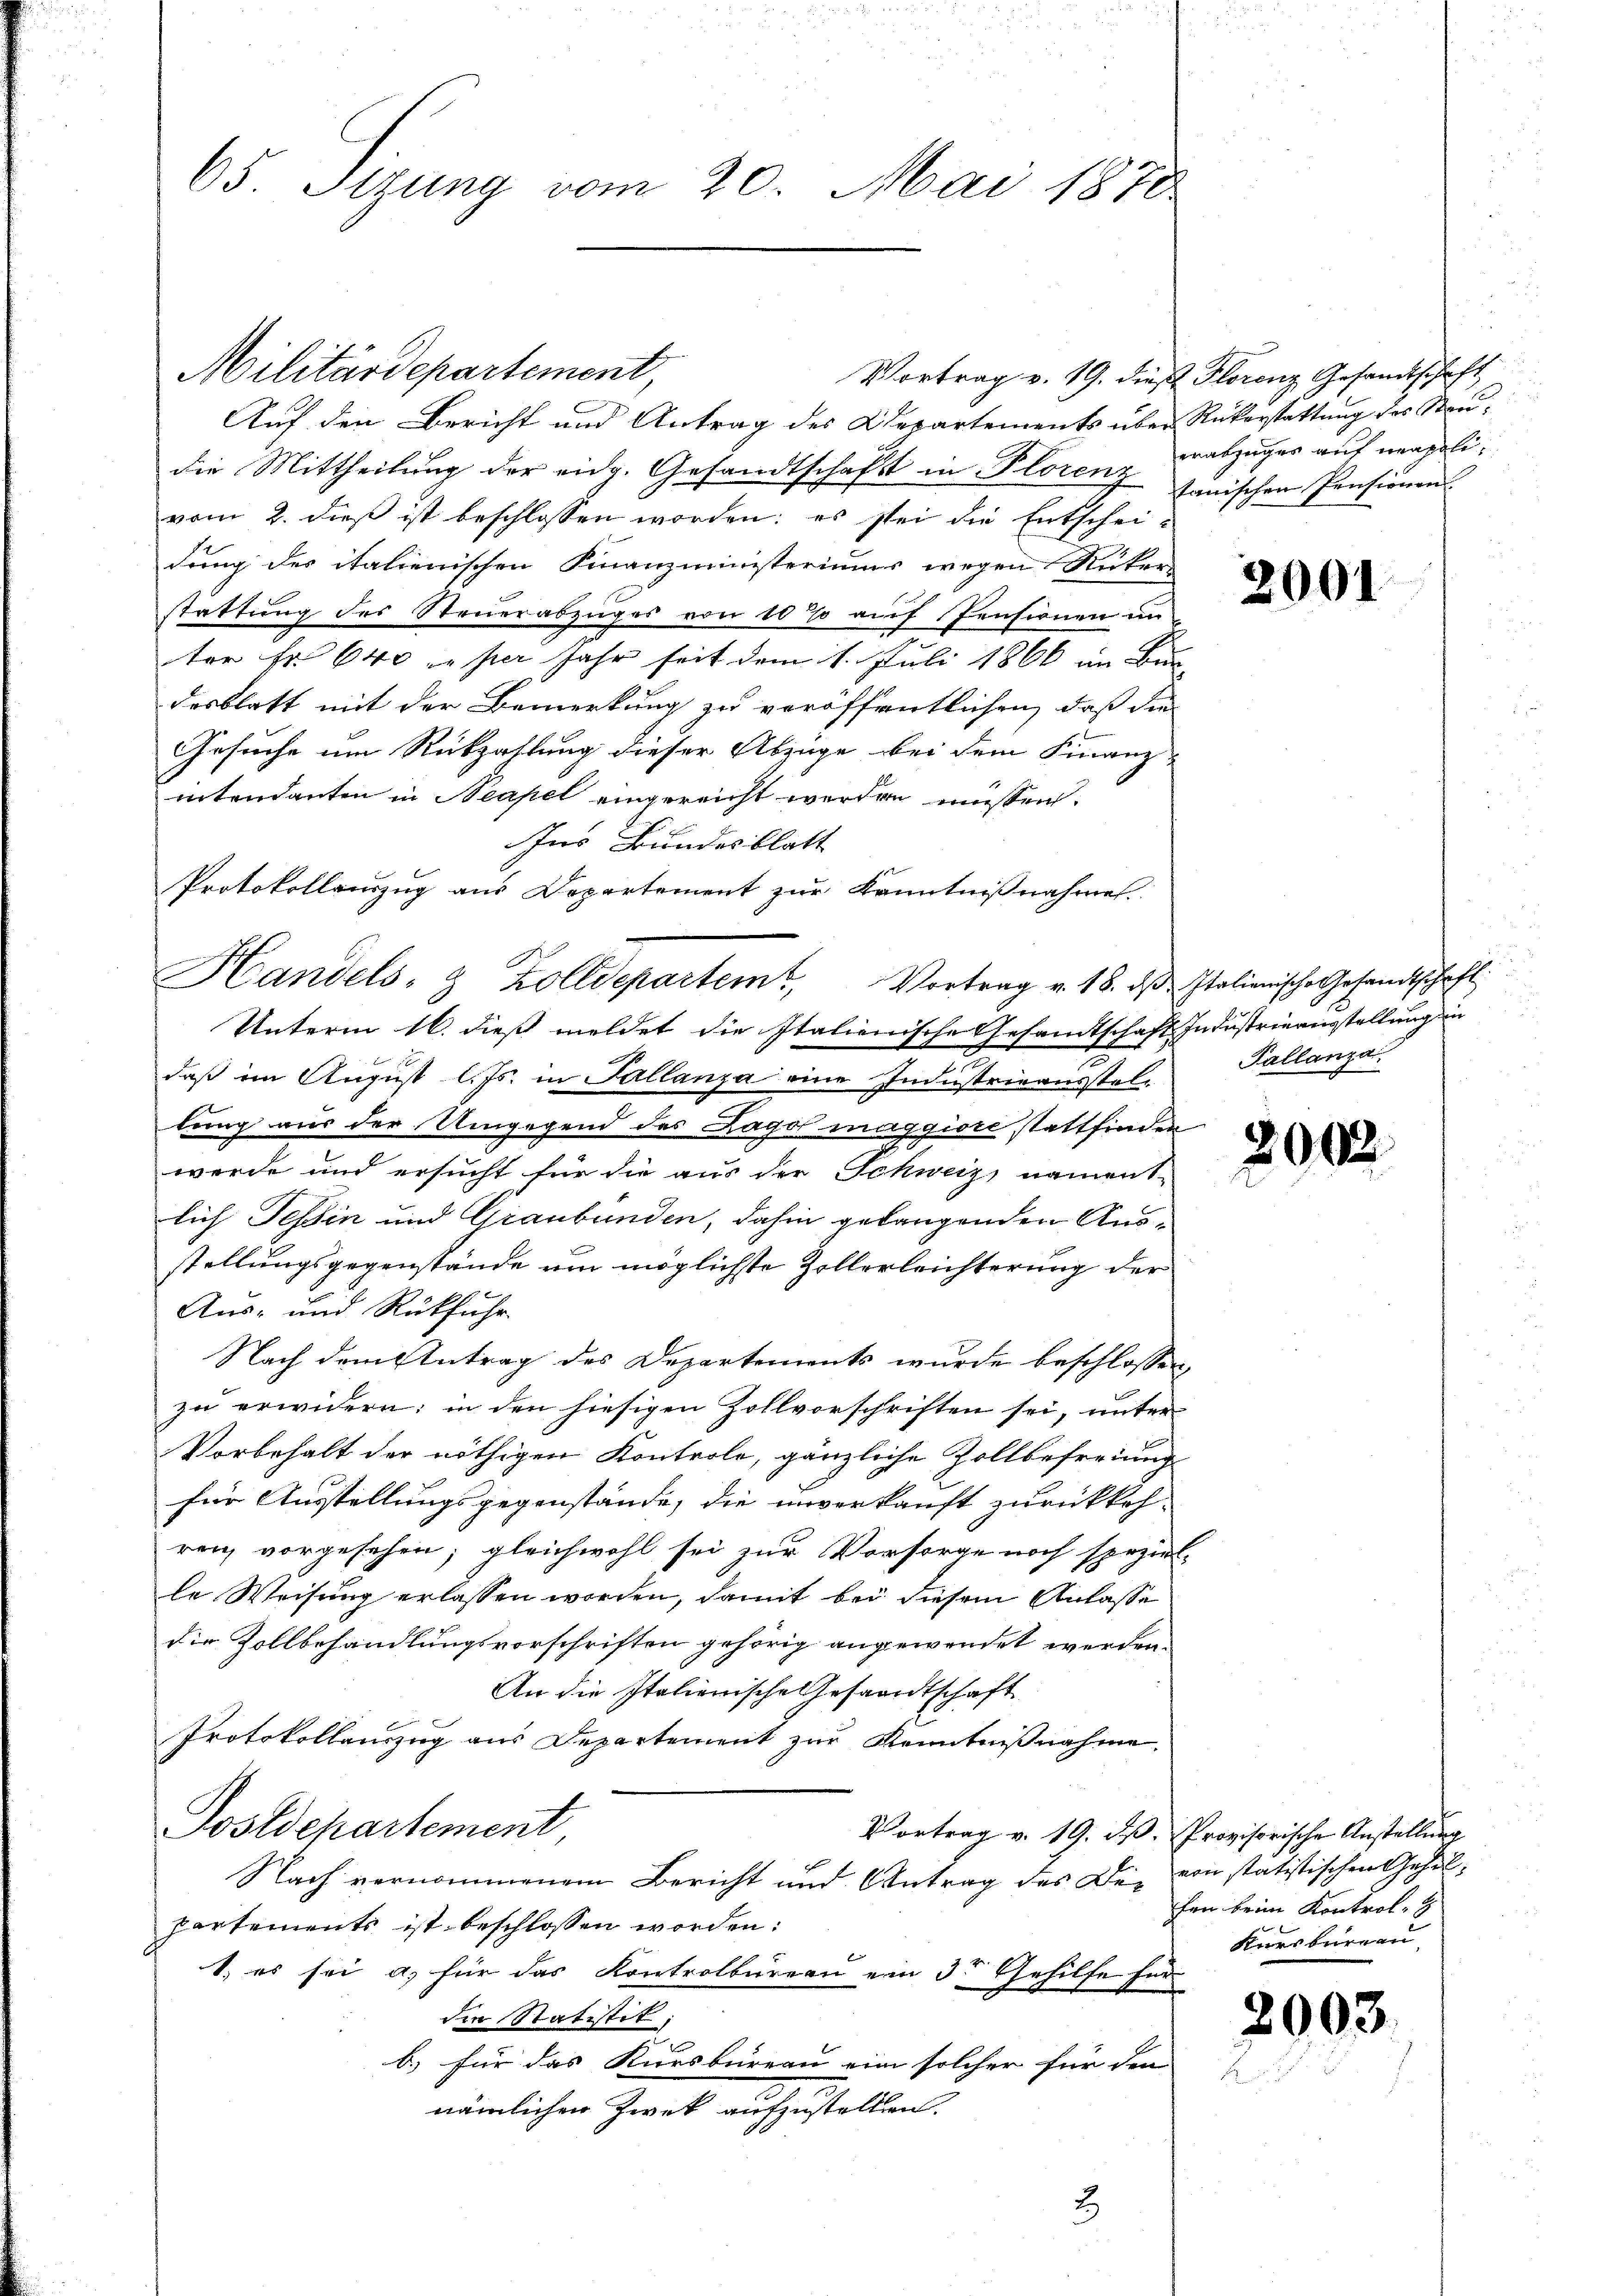
65. Sizung vom 20. Mai 1878

Auf den Bericht und Antrag des Departements über Rükerstattung des Steudie Mittheilung der eidg. Gesandtschaft in Florenz Janischen Pensionen
vom 2. dieß ist beschlossen worden; es sei die Entschei-
dung des italienischen Finanzministeriums wegen Rüker
stattung des Steuerabzuges von 10% auf Pensionen un
ter fr. 640 per Jahr seit dem 1. Juli 1866 im Bun-
desblatt mit der Bemerkung zu veröffentlichen, daß die
Gesuche um Rückzahlung dieser Abzüge bei dem Finanz-
intendanten in Neapel eingereicht werden müssen.
Unterm 16. diess meldet die Italienische Gesandtschaft Industrierausstellung die
daß im August l. Js. in Sallanza eine Industrieausstel-
lung aus der Umgegend des Lago maggiore stattfinden
werde und ersucht für die aus der Schweiz, nament-
lich Tessin und Graubünden, dahin gelangenden Ausstellungsgegenstände um möglichste Zollerleichterung der
Aus- und Rückfuhr.
Nach dem Antrag des Departements wurde beschlossen,
zu erwidern; in den hiesigen Zollvorschriften sei, unter-
Vorbehalt der nöthigen Kontrole, gänzliche Zollbefreiung
für Ausstellungsgegenstände, die unverkauft zurückkoh-
renz vorgesehen; gleichwohl sei zur Vorsorge noch speziel
le Weisung erlassen worden, damit bei diesem Anlasse
die Zollbehandlungsvorschriften gehörig angewendet werden.
An die Italienische Gesandtschaft
Protokollauszug aus Departement zur Kenntnißnahme.
Postdepartement
Vortrag v. 19. ds. Provisorische Anstellung
Nach vernommenem Bericht und Antrag des De- von statistischen Gehalpartements ist beschlossen worden:
1. es sei a. für das Kontrolbureau ein 3 Gehilfe für
die Statistet;
b.) für das Kursbureau eine solcher für den
nämlichen Zwek aufzustellen.
3

Militärdepartement,

Ins Bundesblatt
Protokollauszug aus Departement zur Kenntnißnahmen.
Handels- & Zolldepartem Vortrag v. 18. dβ Italienische Gesandtschaft

Vortrag v. 19. dieß Florenz Gesandtschaft
erabzuges auf neapoli¬

2001

Pallanza.

3

2

2000.

fen beim Kontrol.
Kursbureau,

2003